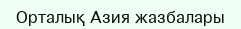
Орталық Азия жазбалары